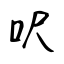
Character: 呎